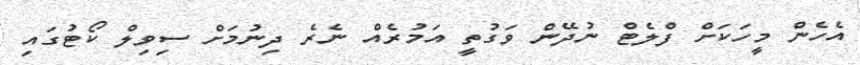
އެހެން މީހަކަށް ފްލެޓް ނުދޭން ވަގުތީ އަމުރެއް ނެރެ ދިނުމަށް ސިވިލް ކޯޓުގައި